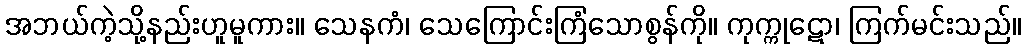
အဘယ်ကဲ့သို့နည်းဟူမူကား။ သေနကံ၊ သေကြောင်းကြံသောစွန်ကို။ ကုက္ကုဋော၊ ကြက်မင်းသည်။